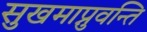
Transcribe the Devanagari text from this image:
सुखमाप्नुवन्ति